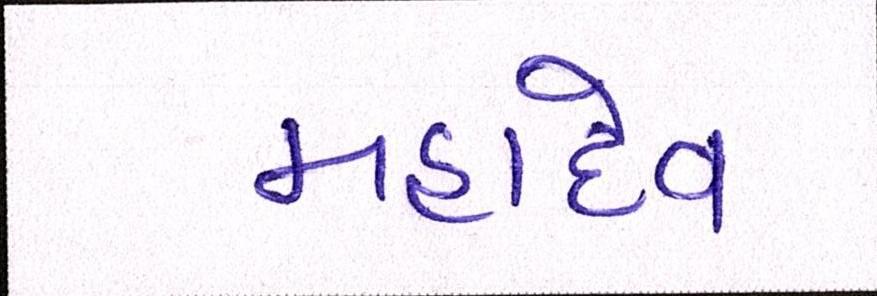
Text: મહાદેવ